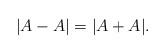
LaTeX: \begin{align*}|A-A| = |A+A|.\end{align*}